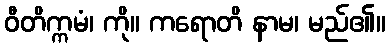
ဝီတိက္ကမံ၊ ကို။ ကရောတိ နာမ၊ မည်၏။